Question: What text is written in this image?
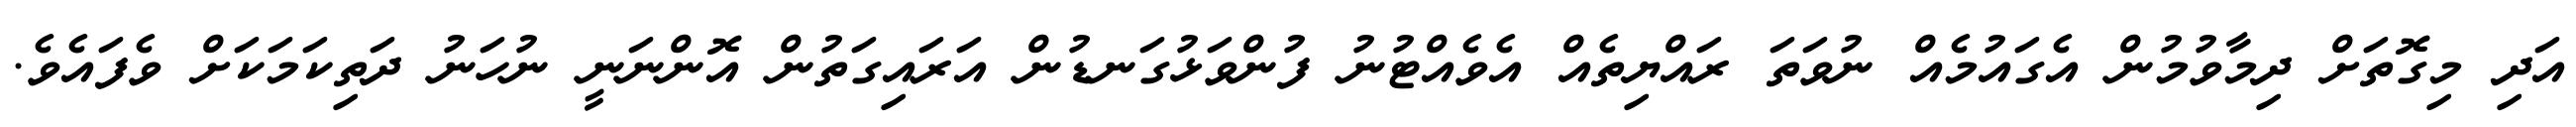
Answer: އަދި މިގޮތަށް ދިމާވުމުން އެގައުމެއް ނުވަތަ ރައްޔިތެއް އެވެއްޓުނު ފުންވަޅުގަނޑުން އަރައިގަތުން އޮންނަނީ ނުހަނު ދަތިކަމަކަށް ވެފައެވެ.